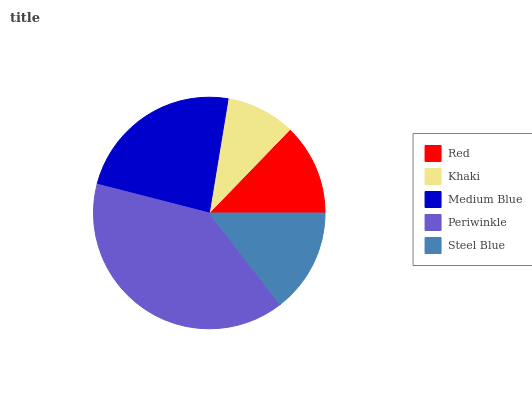
| Red | Khaki | Medium Blue | Periwinkle | Steel Blue |
 | --- | --- | --- | --- | --- |
 | 12.8% | 9.64% | 23.6% | 39.5% | 14.5% |